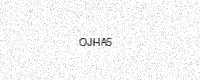
Text: OJHA5